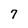
Character: 7